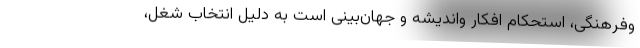
وفرهنگی، استحکام افکار واندیشه و جهان‌بینی است به دلیل انتخاب شغل،